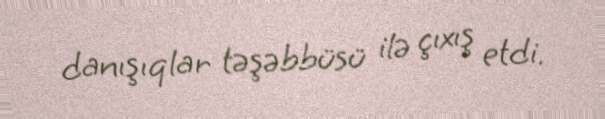
danışıqlar təşəbbüsü ilə çıxış etdi.